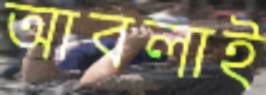
আবলাই